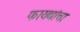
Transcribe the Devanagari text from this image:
फायद्यांचा